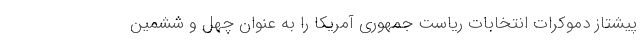
پیشتاز دموکرات انتخابات ریاست جمهوری آمریکا را به عنوان چهل و ششمین